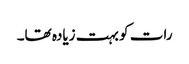
رات کو بہت زیادہ تھا۔